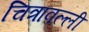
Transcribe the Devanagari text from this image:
चित्रावल्ली